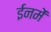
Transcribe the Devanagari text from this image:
ईनमें